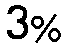
3%